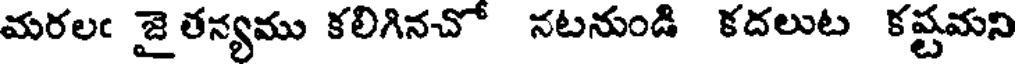
మరలఁ జై తన్యము కలిగినచో నటనుండి కదలుట కష్టమని